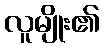
လူမျိုး၏